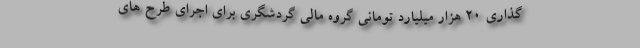
گذاری 20 هزار میلیارد تومانی گروه مالی گردشگری برای اجرای طرح های